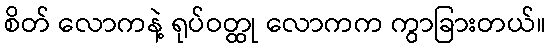
စိတ် လောကနဲ့ ရုပ်ဝတ္ထု လောကက ကွာခြားတယ်။